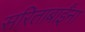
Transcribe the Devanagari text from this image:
सरिताबाईंना